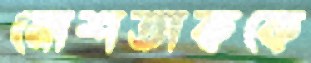
মোশতাককে